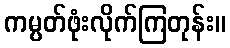
ကမ္ပတ်ဖုံးလိုက်ကြတုန်း။